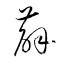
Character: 薜